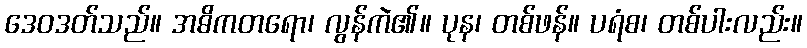
ဒေဝဒတ်သည်။ အဓိကတရော၊ လွန်ကဲ၏။ ပုန၊ တစ်ဖန်။ ပရံစ၊ တစ်ပါးလည်း။